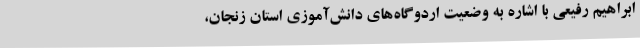
ابراهیم رفیعی با اشاره به وضعیت اردوگاه‌های دانش‌آموزی استان زنجان،